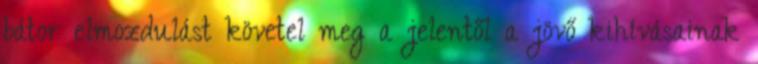
bátor elmozdulást követel meg a jelentől a jövő kihívásainak